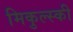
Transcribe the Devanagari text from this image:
मिकुल्स्की